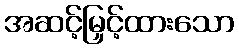
အဆင့်မြှင့်ထားသော